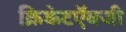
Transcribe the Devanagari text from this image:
क्रिकेटऍवजी